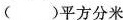
( ) 平 方 分 米$$